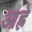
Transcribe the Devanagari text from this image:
आह्रे